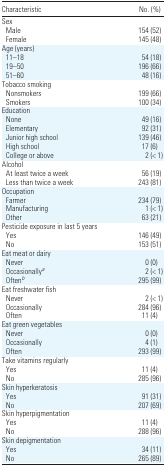
| Characteristic | No. (%) |
 | --- | --- |
 | <COLSPAN=2> Sex |
 | Male | 154 (52) |
 | Female | 145 (48) |
 | <COLSPAN=2> Age (years) |
 | 11–18 | 54 (18) |
 | 19–50 | 196 (66) |
 | 51–60 | 48 (16) |
 | <COLSPAN=2> Tobacco smoking |
 | Nonsmokers | 199 (66) |
 | Smokers | 100 (34) |
 | <COLSPAN=2> Education |
 | None | 49 (16) |
 | Elementary | 92 (31) |
 | Junior high school | 139 (46) |
 | High school | 17 (6) |
 | College or above | 2 (< 1) |
 | <COLSPAN=2> Alcohol |
 | At least twice a week | 56 (19) |
 | Less than twice a week | 243 (81) |
 | <COLSPAN=2> Occupation |
 | Farmer | 234 (79) |
 | Manufacturing | 1 (< 1) |
 | Other | 63 (21) |
 | <COLSPAN=2> Pesticide exposure in last 5 years |
 | Yes | 146 (49) |
 | No | 153 (51) |
 | <COLSPAN=2> Eat meat or dairy |
 | Never | 0 (0) |
 | Occasionallya | 2 (< 1) |
 | Oftenb | 295 (99) |
 | <COLSPAN=2> Eat freshwater fish |
 | Never | 2 (< 1) |
 | Occasionally | 284 (96) |
 | Often | 11 (4) |
 | <COLSPAN=2> Eat green vegetables |
 | Never | 0 (0) |
 | Occasionally | 4 (1) |
 | Often | 293 (99) |
 | <COLSPAN=2> Take vitamins regularly |
 | Yes | 11 (4) |
 | No | 285 (96) |
 | <COLSPAN=2> Skin hyperkeratosis |
 | Yes | 91 (31) |
 | No | 207 (69) |
 | <COLSPAN=2> Skin hyperpigmentation |
 | Yes | 11 (4) |
 | No | 288 (96) |
 | <COLSPAN=2> Skin depigmentation |
 | Yes | 34 (11) |
 | No | 265 (89) |